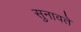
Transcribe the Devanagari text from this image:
सुनावते